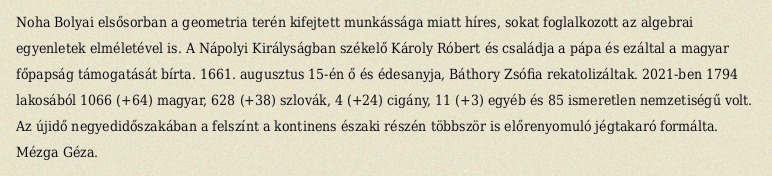
Noha Bolyai elsősorban a geometria terén kifejtett munkássága miatt híres, sokat foglalkozott az algebrai egyenletek elméletével is. A Nápolyi Királyságban székelő Károly Róbert és családja a pápa és ezáltal a magyar főpapság támogatását bírta. 1661. augusztus 15-én ő és édesanyja, Báthory Zsófia rekatolizáltak. 2021-ben 1794 lakosából 1066 (+64) magyar, 628 (+38) szlovák, 4 (+24) cigány, 11 (+3) egyéb és 85 ismeretlen nemzetiségű volt. Az újidő negyedidőszakában a felszínt a kontinens északi részén többször is előrenyomuló jégtakaró formálta. Mézga Géza.